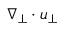
\nabla _ { \perp } \cdot \boldsymbol { u } _ { \perp }